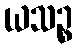
ယသဉ္စ